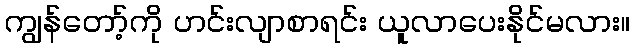
ကျွန်တော့်ကို ဟင်းလျာစာရင်း ယူလာပေးနိုင်မလား။